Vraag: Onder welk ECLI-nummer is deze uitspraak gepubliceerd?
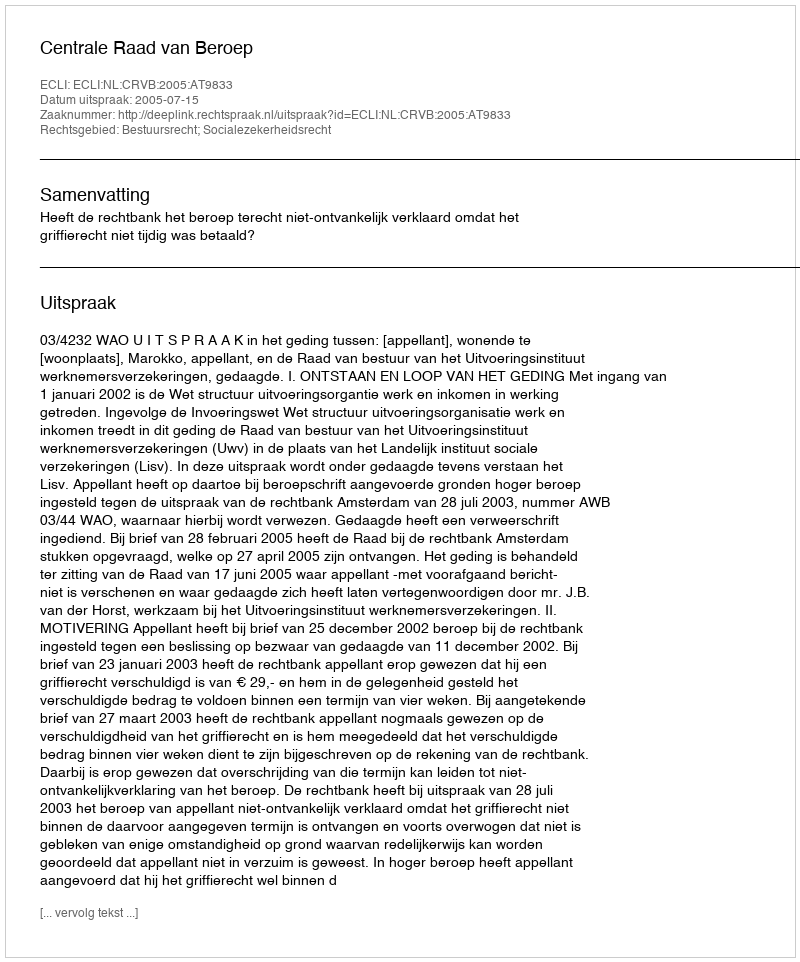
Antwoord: ECLI:NL:CRVB:2005:AT9833